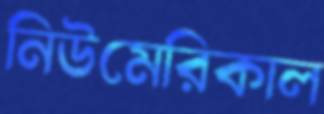
নিউমেরিকাল